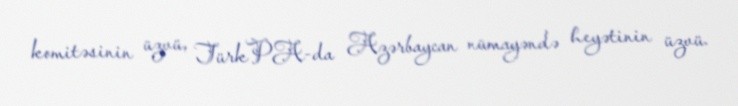
komitəsinin üzvü, TürkPA-da Azərbaycan nümayəndə heyətinin üzvü.